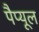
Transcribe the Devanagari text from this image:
पैप्यूल